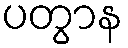
ပတွာန